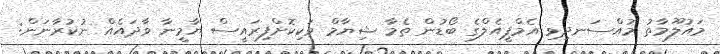
މައުލޫމާތު މުއްސަނދިވި އެމްޕީއެލްގެ ބޯޑުން ތެމާ ޝިޔާމް ވަކިކޮށްފިރައީސް ޔާމީނާ ވާދައެއް ނުކުރާނަން: